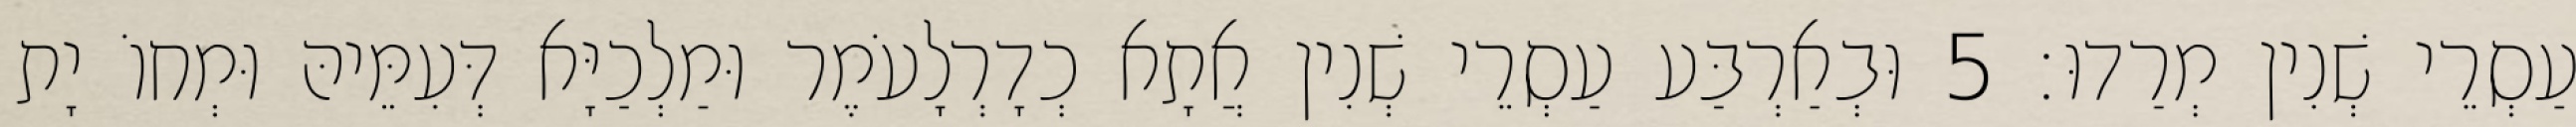
עַסְרֵי שְׁנִין מְרַדוּ׃ 5 וּבְאַרְבַּע עַסְרֵי שְׁנִין אֲתָא כְדָרְלָעֹמֶר וּמַלְכַיָּא דְּעִמֵּיהּ וּמְחוֹ יָת